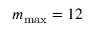
m _ { \mathrm { m a x } } = 1 2